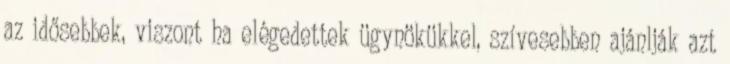
az idősebbek, viszont ha elégedettek ügynökükkel, szívesebben ajánlják azt